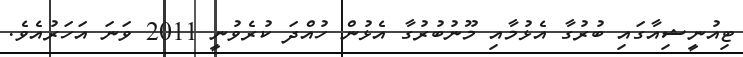
ޓިއުނީޝިއާގައި ބުރުގާ އެޅުމާއި މޫނުބުރުގާ އެޅުން ހުއްދަ ކުރެވުނީ 2011 ވަނަ އަހަރުއެވެ.